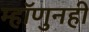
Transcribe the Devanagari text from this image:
म्हॉणुनही